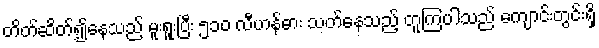
တိတ်ဆိတ်၍နေသည် မူးရူးပြီး ၅၁၀ လီဟန်ဓား သတ်နေသည့် တူကြပါသည် ကျောင်းတွင်းရှိ